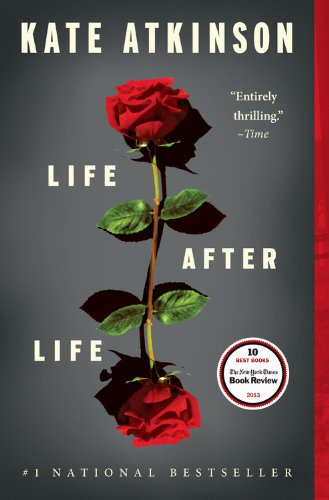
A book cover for Life After Life: A Novel; Kate Atkinson; Mystery, Thriller & Suspense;